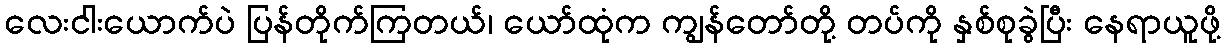
လေးငါးယောက်ပဲ ပြန်တိုက်ကြတယ်၊ ယော်ထုံက ကျွန်တော်တို့ တပ်ကို နှစ်စုခွဲပြီး နေရာယူဖို့